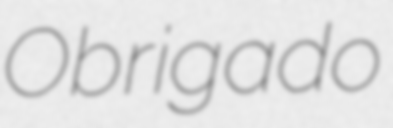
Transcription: Obrigado